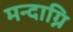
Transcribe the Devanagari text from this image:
मन्दाग्नि